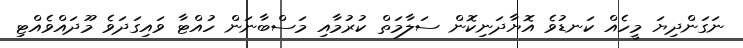
ނަގަންދިޔަ މީހެއް ކަނޑުވެ އޮޔާދަނިކޮން ސަލާމަތް ކުރުމާއި މަސްބާނަން ހުއްޓާ ވައިގަދަވެ މޫދައްވެއްޓި